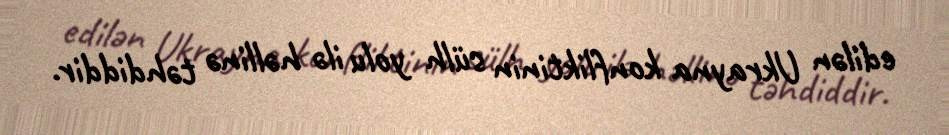
edilən Ukrayna konfliktinin sülh yolu ilə həllinə təhdiddir.